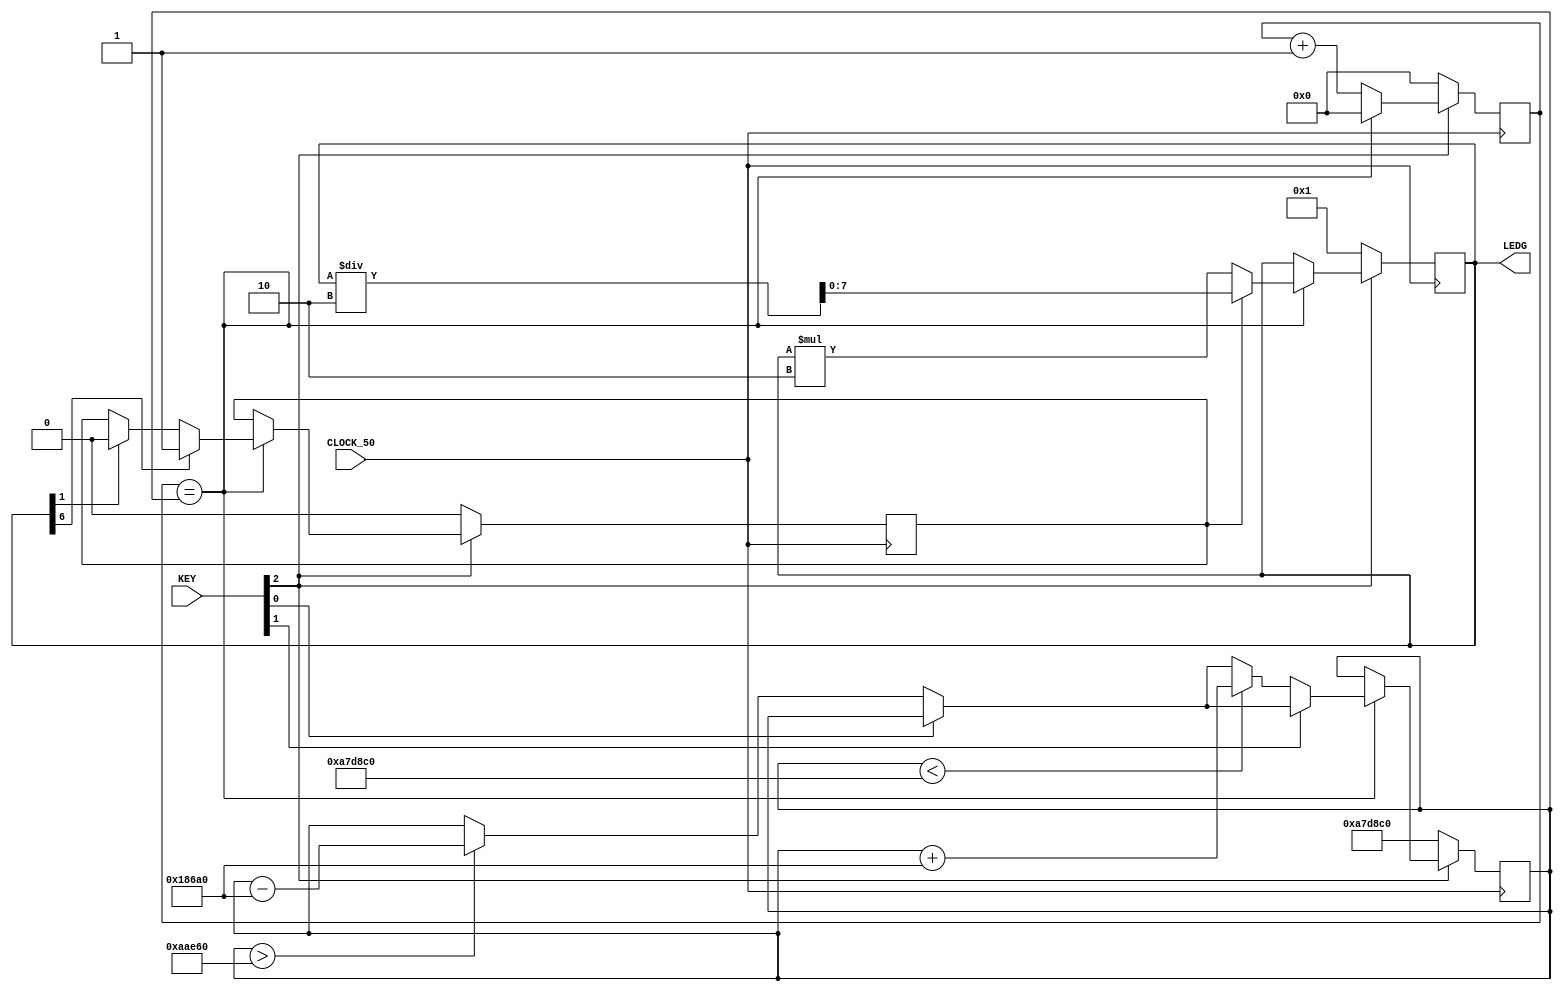
module piscaledsajustavel(

	input [0:2] KEY,
	input CLOCK_50,
	output reg [7:0] LEDG
);

reg d;
reg temp_botao;
reg [25:0] s;
reg [25:0] cont;





always @(posedge CLOCK_50) begin

	if (KEY[0] == 0) begin
		s <= 0;
		d <= 0;
		LEDG <= 1;
		cont <= 11000000;
	end
	

	else begin

		if (s == cont) begin
		
			if (KEY[2] == 0) begin
				if (cont > 700000) begin
					cont <= cont - 100000;
				end
			end
			if (KEY[1] == 0) begin
				if (cont < 11000000) begin
					cont <= cont + 100000;
				end
			end

		
			if (d == 0) begin
				LEDG <= LEDG * 2;
			end
						
			else begin
				LEDG <= LEDG / 2;
			end
			
			if (LEDG[6] == 1) d<=1;
				else if (LEDG[1] == 1) d<=0;
					s <= 0;
				end 

			else begin
				s <= s + 1;
			end

		end
		
	
	end

endmodule